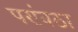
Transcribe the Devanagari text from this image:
परांवठा